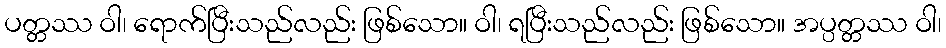
ပတ္တဿ ဝါ၊ ရောက်ပြီးသည်လည်း ဖြစ်သော။ ဝါ၊ ရပြီးသည်လည်း ဖြစ်သော။ အပ္ပတ္တဿ ဝါ၊